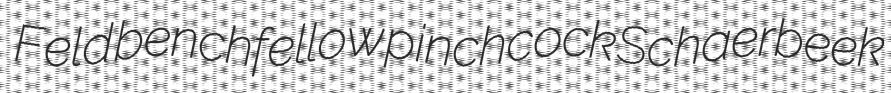
Feld benchfellow pinchcock Schaerbeek